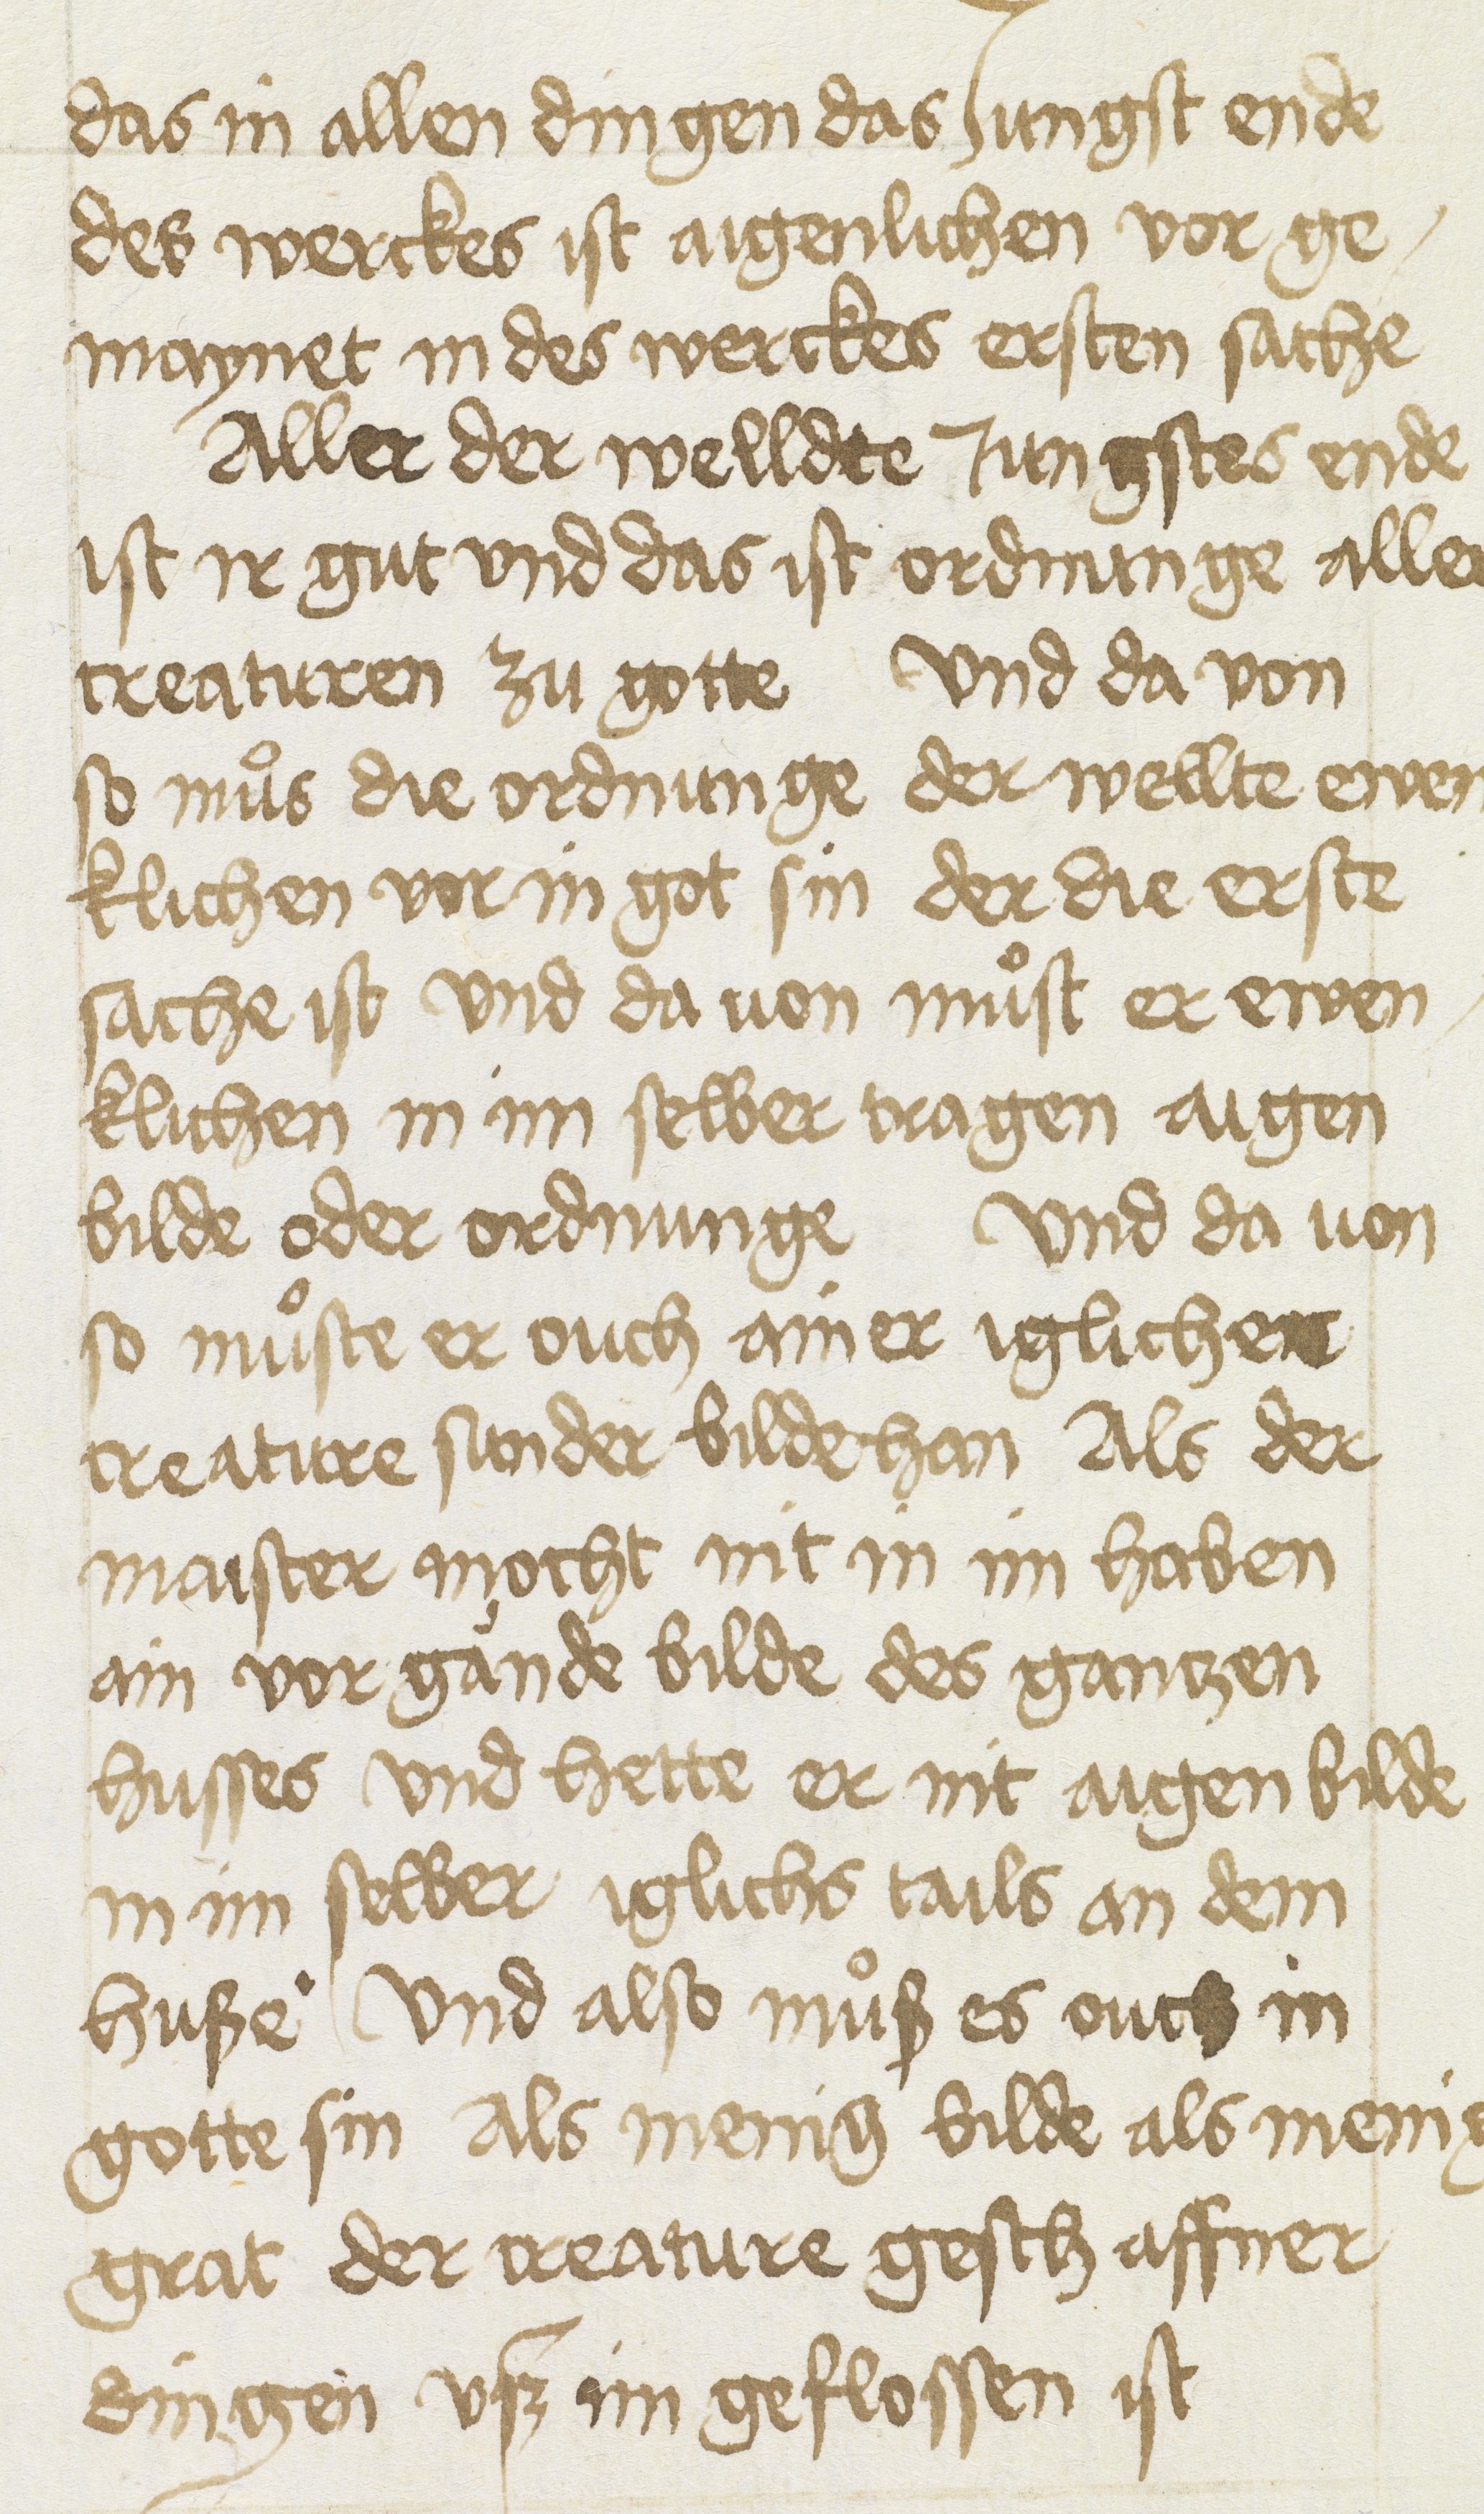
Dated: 1400–1499